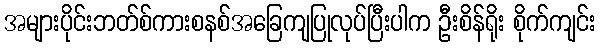
အများပိုင်းဘတ်စ်ကားစနစ်အခြေကျပြုလုပ်ပြီးပါက ဦးစိန်ရိုး စိုက်ကျင်း